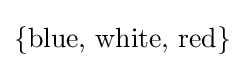
\{{\text{blue, white, red}}\}